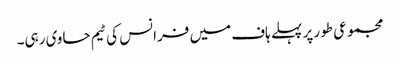
مجموعی طور پر پہلے ہاف میں فرانس کی ٹیم حاوی رہی۔